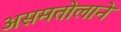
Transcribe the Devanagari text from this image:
असमतोलाने